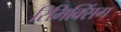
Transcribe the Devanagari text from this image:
रिमिक्सिंग